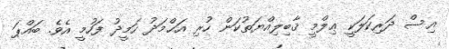
އިސް ދަރިކަލަކީ ޢިލްމީ ޤާބިލިއްޔަތުކަން ހުރި އަޙްމަދު ހަމީދު ފަހުމީ އެވެ. ބައްޕަ